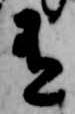
有